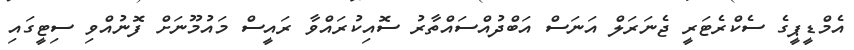
އެމްޑީޕީގެ ސެކްރެޓަރީ ޖެނަރަލް އަނަސް އަބްދުއްސައްތާރު ސޮއިކުރައްވާ ރައީސް މައުމޫނަށް ފޮނުއްވި ސިޓީގައި